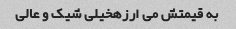
به قیمتش می ارزهخیلی شیک و عالی